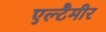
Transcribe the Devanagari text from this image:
एल्टैमीर